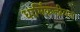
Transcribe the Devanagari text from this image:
धार्मिकजीवन